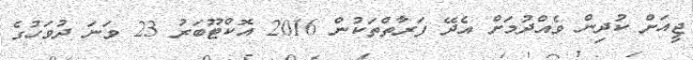
ޖީއަށް ކުދިން ވެއްދުމަށް އެދޭ ފަރާތްތަކުން 2016 އޮކްޓޫބަރު 23 ވަނަ ދުވަހުގެ